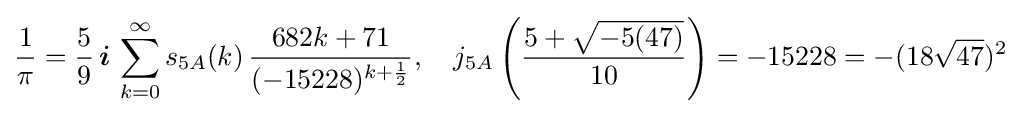
{\frac {1}{\pi }}={\frac {5}{9}}\,{\boldsymbol {i}}\,\sum _{k=0}^{\infty }s_{5A}(k)\,{\frac {682k+71}{(-15228)^{k+{\frac {1}{2}}}}},\quad j_{5A}\left({\frac {5+{\sqrt {-5(47)}}}{10}}\right)=-15228=-(18{\sqrt {47}})^{2}